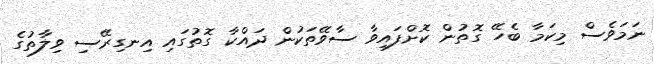
ނަމަވެސް މިކަމާ ބެހޭ ގޮތުން ކޮށްފައިވާ ސާވޭތަކުން ދައްކާ ގޮތުގައި އިނގިރޭސި ވިލާތުގެ